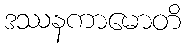
ဒဿနကာမောတိ